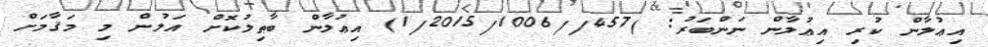
އިޢުލާން ކުރި އިޢުލާން ނަންބަރު: )457//1/2015/1006) އިޢުލާން ބާޠިލުކޮށް އަލުން މި މަޤާމަށް